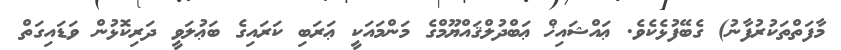
މާފަތްތަކުރުފާނު) ގެބޭފުޅެކެވެ. ޢައްޝައިޚް ޢަބްދުލްޤައްޔޫމްގެ މަންމައަކީ ޢަރަބި ކަރައިގެ ބަޢުލަވީ ދަރިކޮޅުން ވަޑައިގަތް